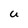
Character: U